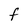
Character: F